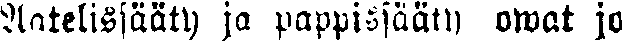
Aatelissääty ja pappissääty owat jo